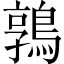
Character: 鶉